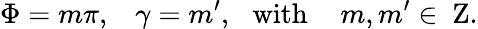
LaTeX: \Phi=m\pi,\, \, \, \, \, \gamma=m^{\prime},\, \, \, \, \mathrm{with}\, \, \, \, \, \, \, m,m^{\prime}\in\mathrm{{\mathbf~Z}}.